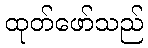
ထုတ်ဖော်သည်